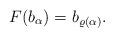
LaTeX: \begin{align*} F(b_\alpha)=b_{\varrho(\alpha)}.\end{align*}